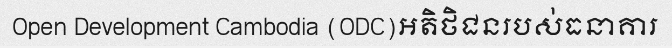
Open Development Cambodia (ODC)អតិថិជនរបស់ធនាគារ